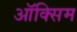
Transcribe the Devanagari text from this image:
ऑक्सिम